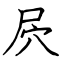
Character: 屄